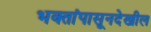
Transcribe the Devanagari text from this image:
भक्तांपासूनदेखील